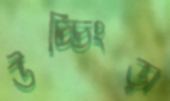
উচ্চিংড়া